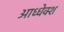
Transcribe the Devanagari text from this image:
आध्धेक्श